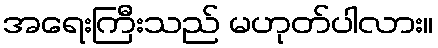
အရေးကြီးသည် မဟုတ်ပါလား။